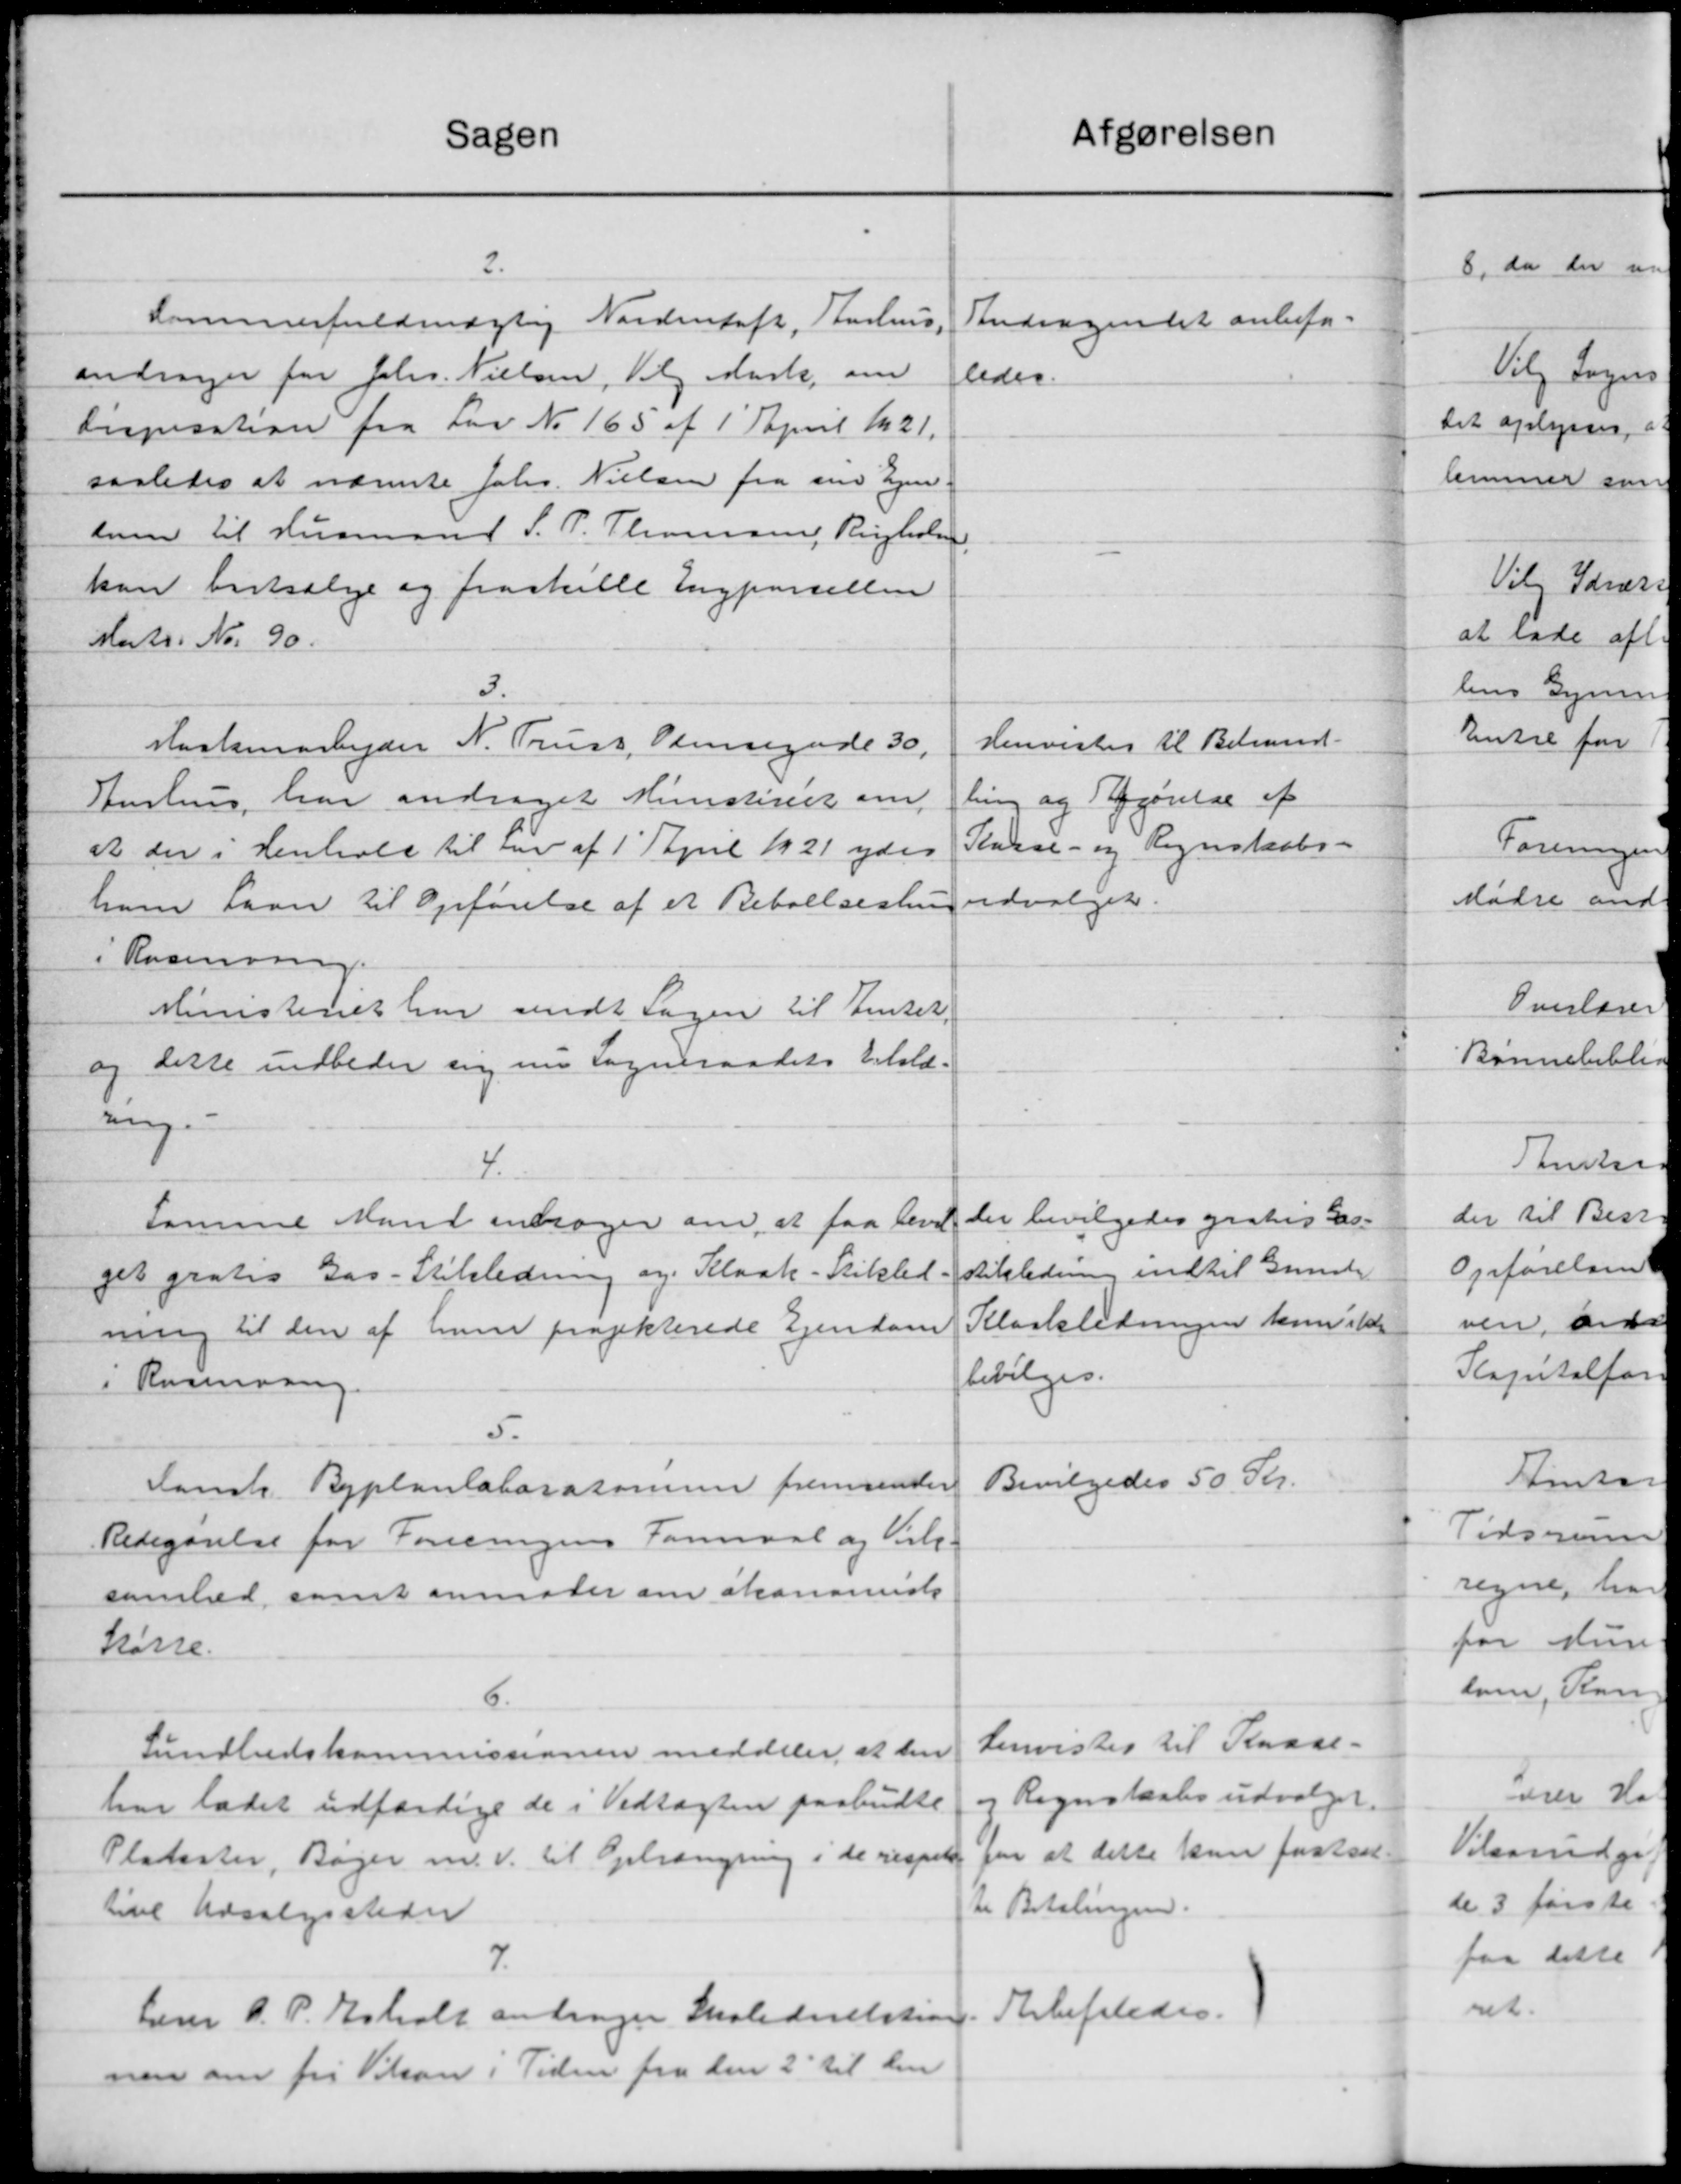
Transskription:
Sagen
2.
Lommerfuldmægtig Nordentoft, Aarhus,
andrager for Johs. Nielsen, Valg Mark om
Despisation fra Lov No. 165 af 1' April 121.
saaledes at nævnte Johs. Nielsen fra sin Ejen
kum til Husmand S. P. Thomsen, Ringholm,
kan bortsælge og fraskille Ingparcellen
Martr. Nr. 90.
3.
Haalmarbejder N. Truss, Omregade 30,
Aarhus, har andraget Ministeriet om
at der i Henhold til en af 1' April 1921 ydes
ham Laan til Opførelse af et Beboelsesling
i Rosenning.
Ministeriet har sendt Sagen til Amtet,
og dette indbeder sig nu Sogneraadets Erhold-
ange
4.
samme Mand andrager om, at faa bevil
get gratis Gas-Stilsledning og Kloak-Stikled-
ning til den af hun projekterede Ejendom
i Rosenssing.
5.
dansk Byplanlaboratorum fremsender
Redegørelse for Foreningens Formaal og Valg.
somhed samt anmoder om kanariste
kasse.
6.
Sundhedskommissionen meddeler at den
har ladet udfærdige de i Vedtægten paabudte
Pladester, Bøger m.v. til Optrængning i de respekt
tine Udvalgssteder
7.
Lærer O. P. Erholt andrager Skoledirektion.
nen om fri Vilson i Tiden fra den 2 til den